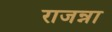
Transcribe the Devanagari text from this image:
राजन्ना